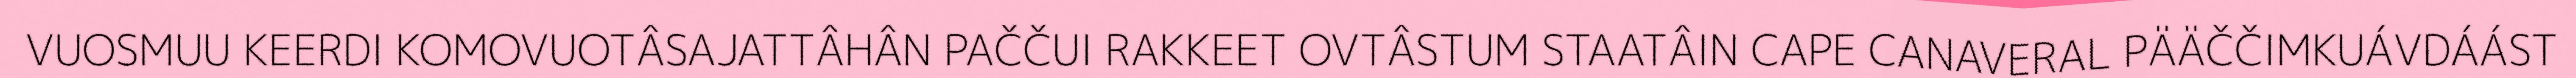
VUOSMUU KEERDI KOMOVUOTÂSAJATTÂHÂN PAČČUI RAKKEET OVTÂSTUM STAATÂIN CAPE CANAVERAL PÄÄČČIMKUÁVDÁÁST